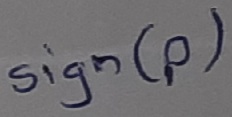
Text: Sign(p)